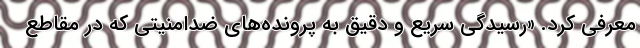
معرفی کرد. «رسیدگی سریع و دقیق به پرونده‌های ضدامنیتی که در مقاطع